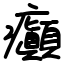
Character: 癲